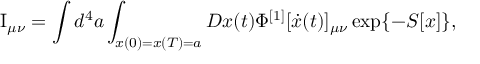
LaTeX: \mathrm { I } _ { \mu \nu } = \int { d ^ { 4 } a \int _ { x ( 0 ) = x ( T ) = a } { D x ( t ) } } \Phi ^ { [ 1 ] } [ \dot { x } ( t ) ] _ { \mu \nu } \exp \{ - S [ x ] \} ,